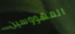
المهووسين